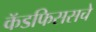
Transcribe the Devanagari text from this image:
कॅडफिससचे